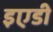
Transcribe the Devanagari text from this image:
इएडी